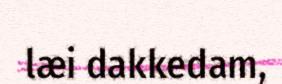
læi dakkedam,